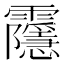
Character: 䨸